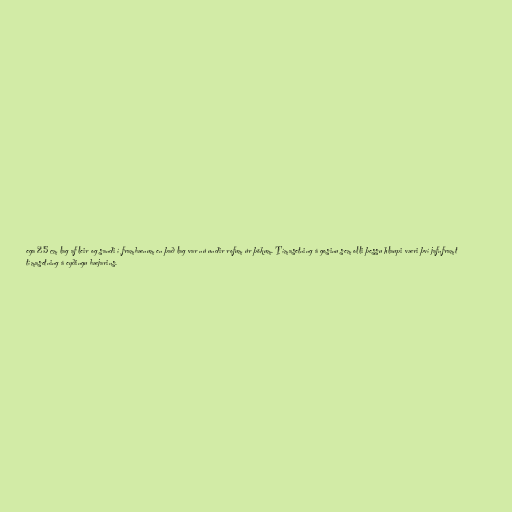
ega 25 cm lag af leir og sandi í frambænum en það lag var nú undir rofum úr þökum. Tímasetning á gosinu sem olli þessu hlaupi væri því jafnframt
tímasetning á eyðingu bæjarins.